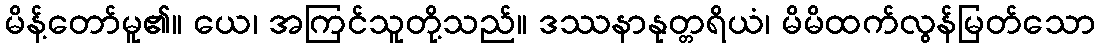
မိန့်တော်မူ၏။ ယေ၊ အကြင်သူတို့သည်။ ဒဿနာနုတ္တရိယံ၊ မိမိထက်လွန်မြတ်သော